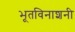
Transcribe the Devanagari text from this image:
भूतविनाशनी